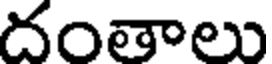
దంతాలు